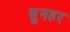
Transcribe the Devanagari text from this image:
सुनहर